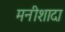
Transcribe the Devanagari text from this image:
मनीशादा